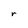
Character: r